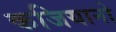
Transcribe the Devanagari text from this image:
कजियानो